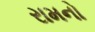
રામનો